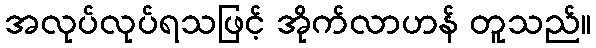
အလုပ်လုပ်ရသဖြင့် အိုက်လာဟန် တူသည်။